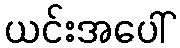
ယင်းအပေါ်